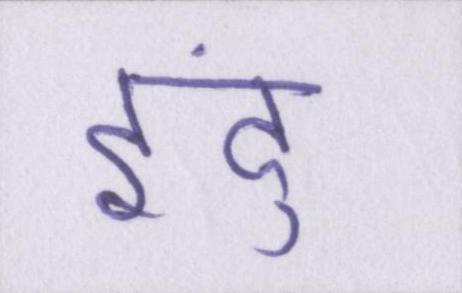
इंदु